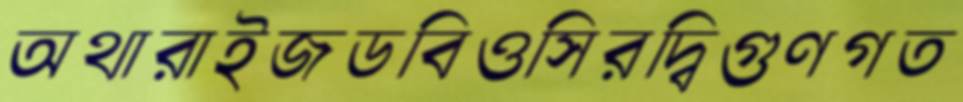
অথারাইজডবিওসিরদ্বিগুণগত